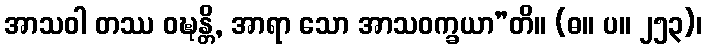
အာသဝါ တဿ ဝဍ္ဎန္တိ, အာရာ သော အာသဝက္ခယာ”တိ။ (ဓ။ ပ။ ၂၅၃)၊